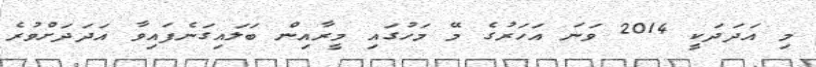
މި އަދަދަކީ 2014 ވަނަ އަހަރުގެ މޭ މަހުގައި މީރާއިން ބަލައިގަނެފައިވާ އަދަދަށްވުރެ